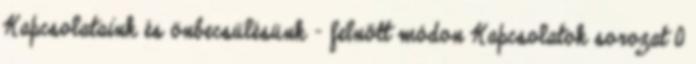
Kapcsolataink és önbecsülésünk – felnőtt módon Kapcsolatok sorozat 0